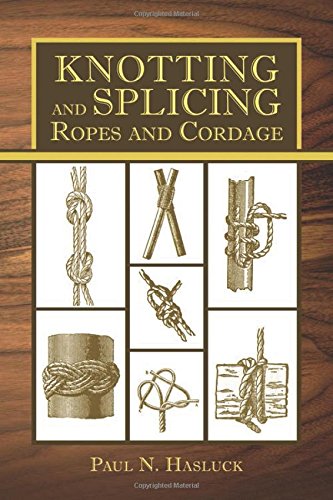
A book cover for Knotting and Splicing Ropes and Cordage; Paul N. Hasluck; Crafts, Hobbies & Home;